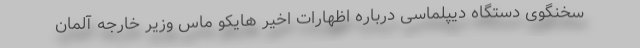
سخنگوی دستگاه دیپلماسی درباره اظهارات اخیر هایکو ماس وزیر خارجه آلمان